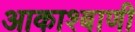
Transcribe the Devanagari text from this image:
आकाश्बाणी